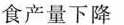
食产量下降